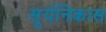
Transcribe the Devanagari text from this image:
सूर्यनिकास